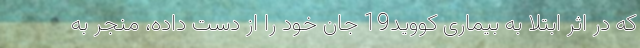
که در اثر ابتلا به بیماری کووید19 جان خود را از دست داده، منجر به